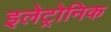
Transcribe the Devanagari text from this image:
इलेट्रोनिक